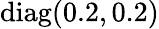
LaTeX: \mathrm{diag(0.2,0.2)}